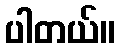
ပါတယ်။